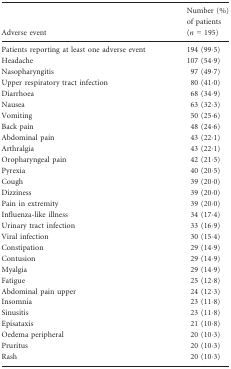
| Adverse event | Number (%) of patients (n = 195) |
 | --- | --- |
 | Patients reporting at least one adverse event | 194 (99·5) |
 | Headache | 107 (54·9) |
 | Nasopharyngitis | 97 (49·7) |
 | Upper respiratory tract infection | 80 (41·0) |
 | Diarrhoea | 68 (34·9) |
 | Nausea | 63 (32·3) |
 | Vomiting | 50 (25·6) |
 | Back pain | 48 (24·6) |
 | Abdominal pain | 43 (22·1) |
 | Arthralgia | 43 (22·1) |
 | Oropharyngeal pain | 42 (21·5) |
 | Pyrexia | 40 (20·5) |
 | Cough | 39 (20·0) |
 | Dizziness | 39 (20·0) |
 | Pain in extremity | 39 (20·0) |
 | Influenza-like illness | 34 (17·4) |
 | Urinary tract infection | 33 (16·9) |
 | Viral infection | 30 (15·4) |
 | Constipation | 29 (14·9) |
 | Contusion | 29 (14·9) |
 | Myalgia | 29 (14·9) |
 | Fatigue | 25 (12·8) |
 | Abdominal pain upper | 24 (12·3) |
 | Insomnia | 23 (11·8) |
 | Sinusitis | 23 (11·8) |
 | Episataxis | 21 (10·8) |
 | Oedema peripheral | 20 (10·3) |
 | Pruritus | 20 (10·3) |
 | Rash | 20 (10·3) |